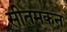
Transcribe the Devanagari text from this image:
सीतमकन